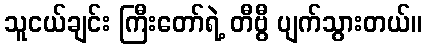
သူငယ်ချင်း ကြီးတော်ရဲ့ တီဗွီ ပျက်သွားတယ်။